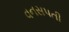
વનસપતી